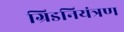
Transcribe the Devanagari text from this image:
ग्रिडनियंत्रण